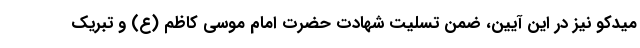
میدکو نیز در این آیین، ضمن تسلیت شهادت حضرت امام موسی کاظم (ع) و تبریک